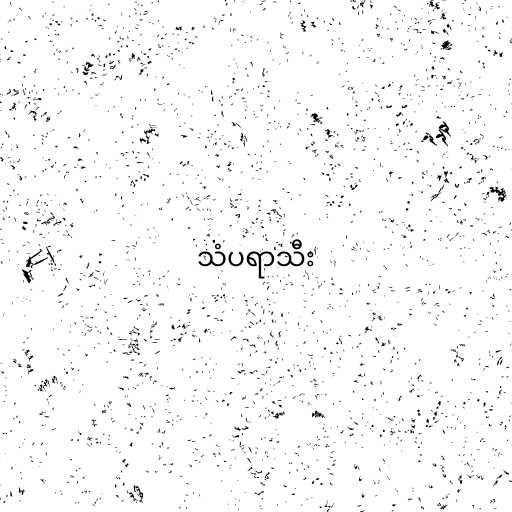
သံပရာသီး